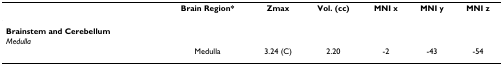
<table><thead><tr><td></td><td><b>Brain Region*</b></td><td><b>Zmax</b></td><td><b>Vol. (cc)</b></td><td><b>MNI x</b></td><td><b>MNI y</b></td><td><b>MNI z</b></td></tr></thead><tbody><tr><td><b>Brainstem and Cerebellum</b></td><td></td><td></td><td></td><td></td><td></td><td></td></tr><tr><td><i>Medulla</i></td><td></td><td></td><td></td><td></td><td></td><td></td></tr><tr><td></td><td>Medulla</td><td>3.24 (C)</td><td>2.20</td><td>-2</td><td>-43</td><td>-54</td></tr></tbody></table>